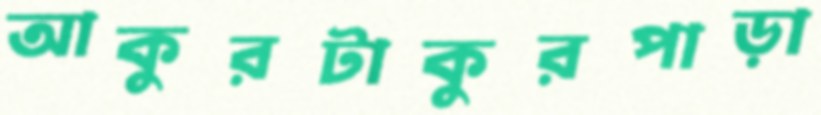
আকুরটাকুরপাড়া